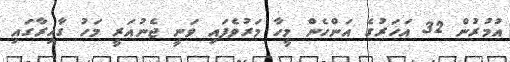
އުމުރުން 32 އަހަރުގެ އަންހެން މީހާ މަރުވެފައި ވަނީ ޖެނުއަރީ މަހު ގާހިރާގައި